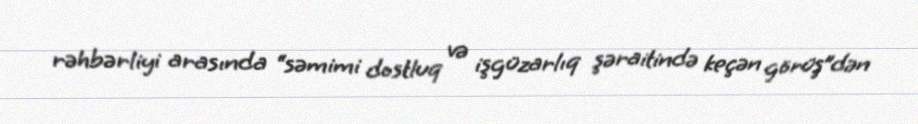
rəhbərliyi arasında “səmimi dostluq və işgüzarlıq şəraitində keçən görüş”dən